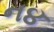
ન૪